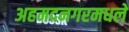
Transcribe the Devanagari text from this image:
अहमदनगरमधले